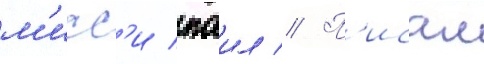
м'исс'и паил // П'исал